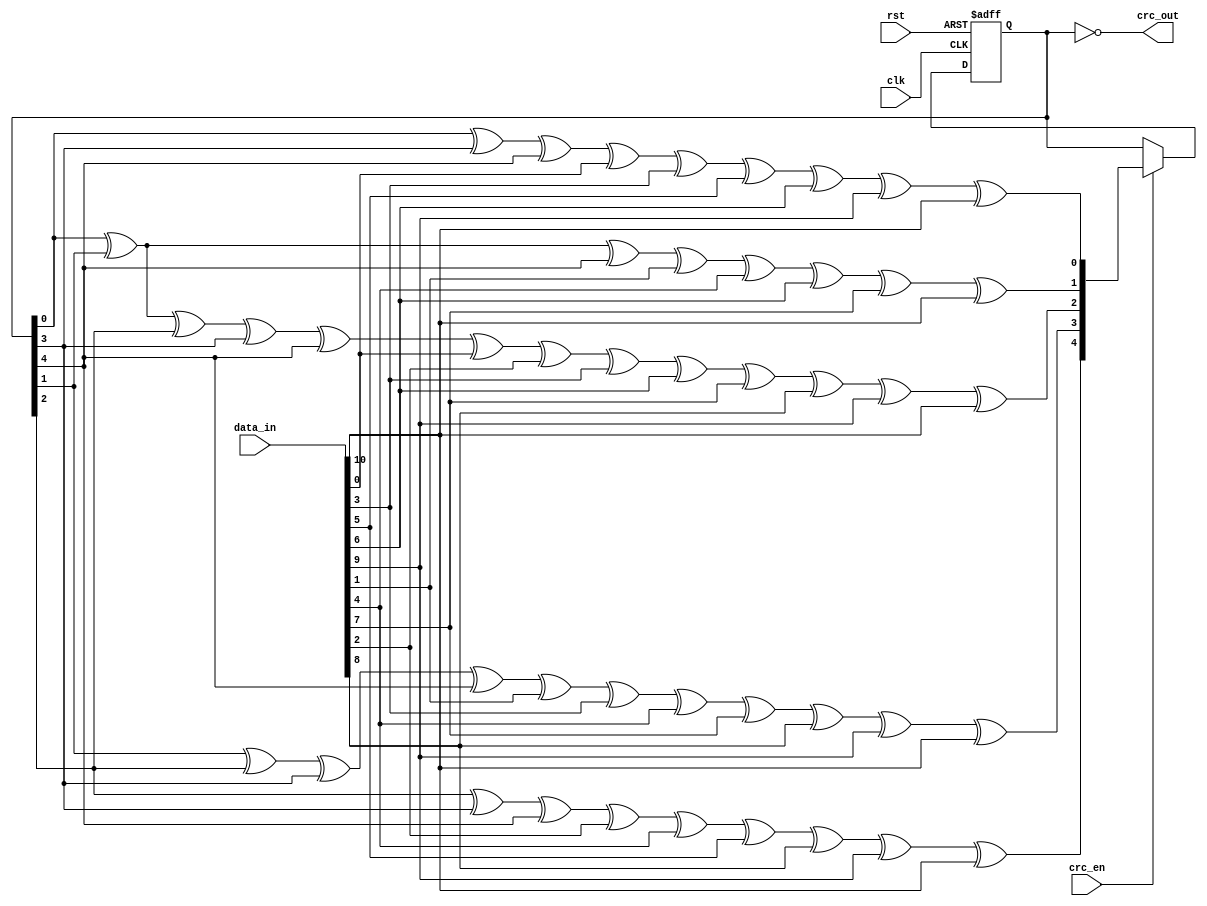
module usb_crc5(
  input [10:0] data_in,
  input crc_en,
  output [4:0] crc_out,
  input rst,
  input clk);
  reg [4:0] lfsr_q,lfsr_c;
  assign crc_out = ~lfsr_q;
  always @(*) begin
    lfsr_c[0] = lfsr_q[0] ^ lfsr_q[3] ^ lfsr_q[4] ^ data_in[0] ^ data_in[3] ^ data_in[5] ^ data_in[6] ^ data_in[9] ^ data_in[10];
    lfsr_c[1] = lfsr_q[0] ^ lfsr_q[1] ^ lfsr_q[4] ^ data_in[1] ^ data_in[4] ^ data_in[6] ^ data_in[7] ^ data_in[10];
    lfsr_c[2] = lfsr_q[0] ^ lfsr_q[1] ^ lfsr_q[2] ^ lfsr_q[3] ^ lfsr_q[4] ^ data_in[0] ^ data_in[2] ^ data_in[3] ^ data_in[6] ^ data_in[7] ^ data_in[8] ^ data_in[9] ^ data_in[10];
    lfsr_c[3] = lfsr_q[1] ^ lfsr_q[2] ^ lfsr_q[3] ^ lfsr_q[4] ^ data_in[1] ^ data_in[3] ^ data_in[4] ^ data_in[7] ^ data_in[8] ^ data_in[9] ^ data_in[10];
    lfsr_c[4] = lfsr_q[2] ^ lfsr_q[3] ^ lfsr_q[4] ^ data_in[2] ^ data_in[4] ^ data_in[5] ^ data_in[8] ^ data_in[9] ^ data_in[10];
  end 
  always @(posedge clk, posedge rst) begin
    if(rst) begin
      lfsr_q <= {5{1'b1}};
    end
    else begin
      lfsr_q <= crc_en ? lfsr_c : lfsr_q;
    end
  end 
endmodule